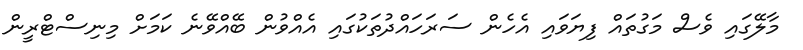
މާލޭގައި ވެސް މަގުތައް ފިޔަވައި އެހެން ސަރަހައްދުތަކުގައި އެއްވުން ބޭއްވޭނެ ކަމަށް މިނިސްޓްރީން